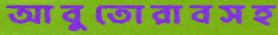
আবুতোরাবসহ